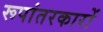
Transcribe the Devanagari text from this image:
रूपांतरकारों